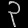
Digit: ၃